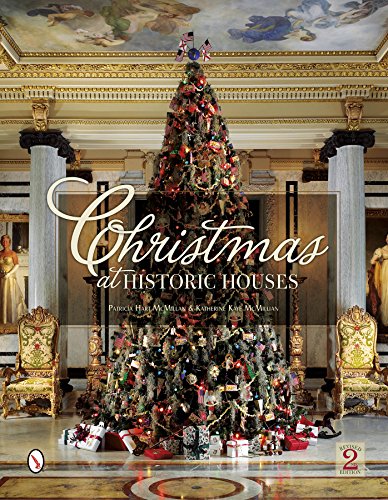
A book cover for Christmas at Historic Houses; Patricia Hart McMillan; Crafts, Hobbies & Home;